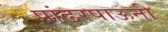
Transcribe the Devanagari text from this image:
पांढरपाऊनी